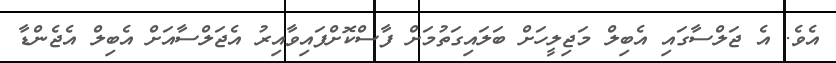
އެވެ. އެ ޖަލްސާގައި އެބިލް މަޖިލީހަށް ބަލައިގަތުމަށް ފާސްކޮށްފައިވާއިރު އެޖަލްސާއަށް އެބިލް އެޖެންޑާ